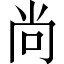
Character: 尚